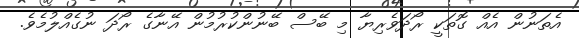
އެތަނުން އެއް ގޮތަކީ ރޯދަވެރިޔާ މި ބޭސް ބޭނުންކުރުމުން އޭނާގެ ރޯދަ ނުގެއްލުމެވެ.